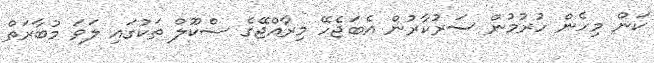
ކަން މިހެން ހުރުމުން ސަރުކާރުން އެބަޖެހޭ މިރާއްޖޭގެ ސްކޫލް ތަކުގައި ލަވަ މުބާރަތް